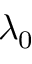
\lambda _ { 0 }